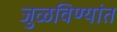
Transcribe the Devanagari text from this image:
जुळविण्यांत